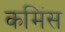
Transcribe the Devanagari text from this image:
कमिंस